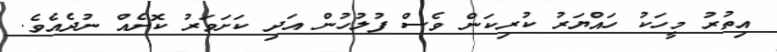
އިތުރު މީހަކު ހައްޔަރު ކުރިކަން ވެސް ފުލުހުން އަދި ކަށަވަރު ކޮށެއް ނުދެއެވެ.